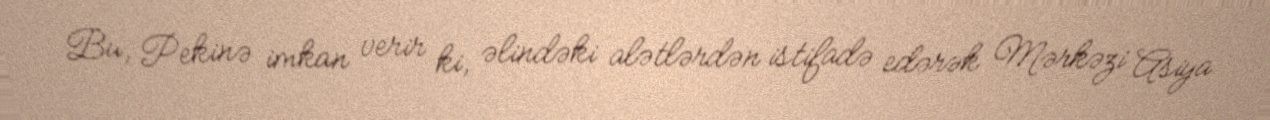
Bu, Pekinə imkan verir ki, əlindəki alətlərdən istifadə edərək Mərkəzi Asiya